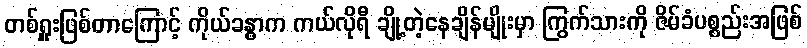
တစ်ရှူးဖြစ်တာကြောင့် ကိုယ်ခန္ဓာက ကယ်လိုရီ ချို့တဲ့နေချိန်မျိုးမှာ ကြွက်သားကို ဇိမ်ခံပစ္စည်းအဖြစ်